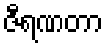
ဇီရဏတာ